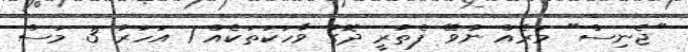
"ޖެނިސް" މަރެއް ނުވޭ ފެތުރީ ދޮގު ވާހަކަތަކެއް 1 އަހަރު 3 މަސް